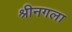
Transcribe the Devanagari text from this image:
श्रीनगला